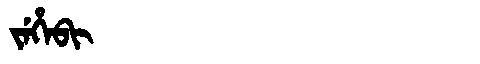
Manchu: ᠵᡝᡥᡝᠪᡳ
Romanization: JEHEBI